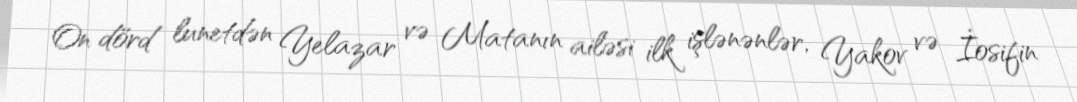
On dörd lunetdən Yelazar və Matanın ailəsi ilk işlənənlər, Yakov və İosifin